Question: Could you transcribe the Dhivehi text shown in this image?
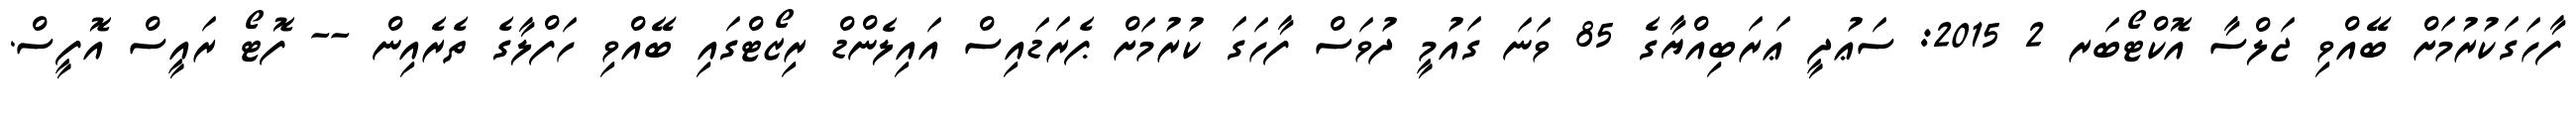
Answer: ފާހަގަކުރުމަށް ބޭއްވި ޖަލްސާ އޮކްޓޯބަރ 2 2015: ސަޢުދީ ޢަރަބިއްޔާގެ 85 ވަނަ ގައުމީ ދުވަސް ފާހަގަ ކުރުމަށް ޕެރަޑައިސް އައިލެންޑް ރިޒޯޓްގައި ބޭއްވި ހަފްލާގެ ތެރެއިން -- ފޮޓޯ ރައީސް އޮފީސް.